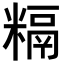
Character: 𥻥